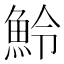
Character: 魿